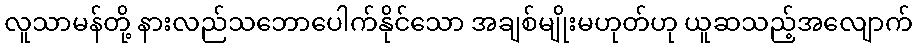
လူသာမန်တို့ နားလည်သဘောပေါက်နိုင်သော အချစ်မျိုးမဟုတ်ဟု ယူဆသည့်အလျောက်